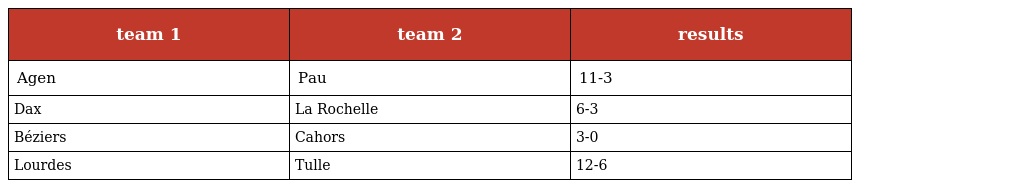
| team 1 | team 2 | results |
 | --- | --- | --- |
 | Agen | Pau | 11-3 |
 | Dax | La Rochelle | 6-3 |
 | Béziers | Cahors | 3-0 |
 | Lourdes | Tulle | 12-6 |